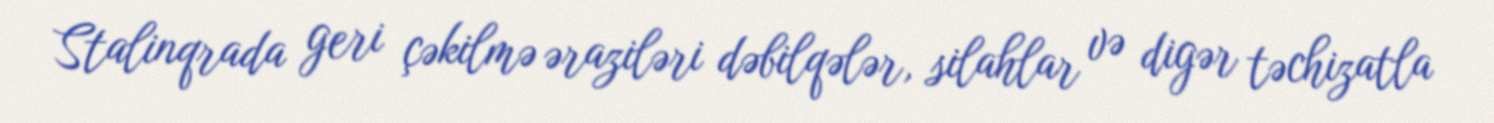
Stalinqrada geri çəkilmə əraziləri dəbilqələr, silahlar və digər təchizatla